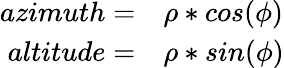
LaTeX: \begin{array}{rl}{azimuth=}&{{}\rho*cos(\phi)}\\ {altitude=}&{{}\rho*sin(\phi)}\end{array}